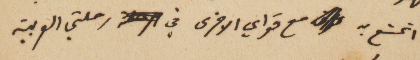
اتمتع به مع قواي الاخرى في رحلتي العربية